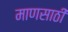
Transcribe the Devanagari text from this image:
माणसाठी